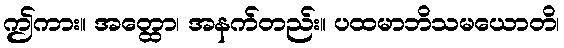
ဤကား။ အတ္ထော၊ အနက်တည်း။ ပထမာဘိသမယောတိ၊